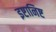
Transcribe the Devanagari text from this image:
इष्टानिष्ट